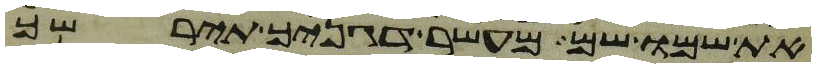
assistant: את שמו שם מעשר דגנך תירשך